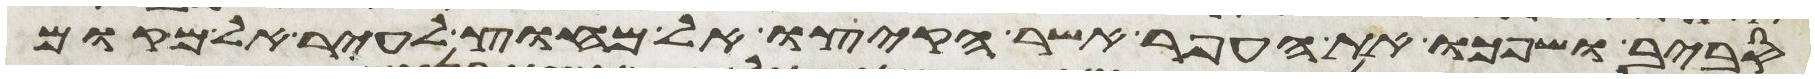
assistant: סביב ושפכו את העפר אשר הקיצו אל מחוץ לעיר אל מקום